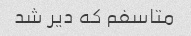
متاسفم که دیر شد